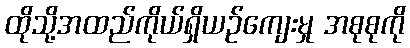
ထိုသို့အထည်ကိုယ်ရှိယဉ်ကျေးမှု အစုစုကို